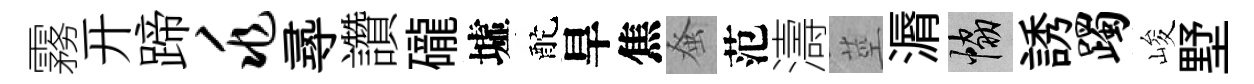
霧开蹄兆𡬶讚礲墟酡旱焦𫊫范濤莖漘協誘躅峻墅